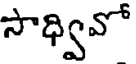
సాధ్వివో